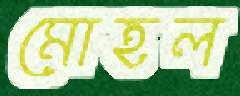
মোহল